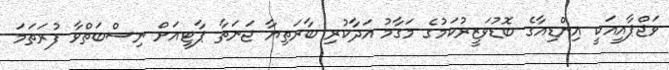
ވަޖްޕާއީއަކީ އިންޑިއާގެ ބޮޑުވަޒީރުކަމުގެ މަގާމު އަދާކުރި ބާރަތިޔާ ޖަނަތާ ޕާޓީއަށް ނިސްބަތްވާ ފުރަތަމަ